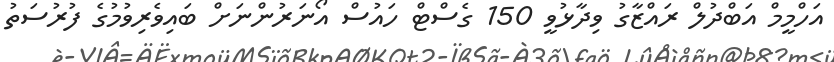
އަހްމީމް އަބްދުލް ރައްޒާގު ވިދާޅުވީ 150 ގެސްޓް ހައުސް އޯނަރުންނަށް ބައިވެރިވުމުގެ ފުރުސަތު